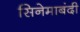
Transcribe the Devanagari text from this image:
सिनेमाबंदी